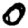
Digit: 0